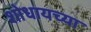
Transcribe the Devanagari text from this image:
शोधायच्या